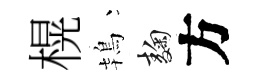
榥鴇麹方